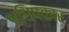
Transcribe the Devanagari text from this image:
अधिपकार